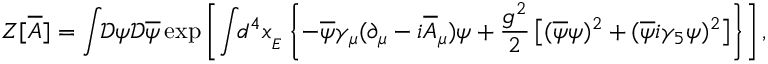
Z [ { \overline { { { A } } } } ] = \int \! \! { \mathcal { D } } \psi { \mathcal { D } } { \overline { { \psi } } } \exp \left[ \int \! \! d ^ { 4 } x _ { _ { E } } \left\{ - { \overline { { \psi } } } \gamma _ { \mu } ( \partial _ { \mu } - i { \overline { { { A } } } } _ { \mu } ) \psi + { \frac { g ^ { 2 } } { 2 } } \left[ ( { \overline { { \psi } } } \psi ) ^ { 2 } + ( { \overline { { \psi } } } i \gamma _ { 5 } \psi ) ^ { 2 } \right] \right\} \right] ,